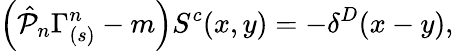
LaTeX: \left(\hat{{\cal P}}_{n}\Gamma_{(s)}^{n}-m\right)S^{c}(x,y)=-\delta^{D}(x-y),